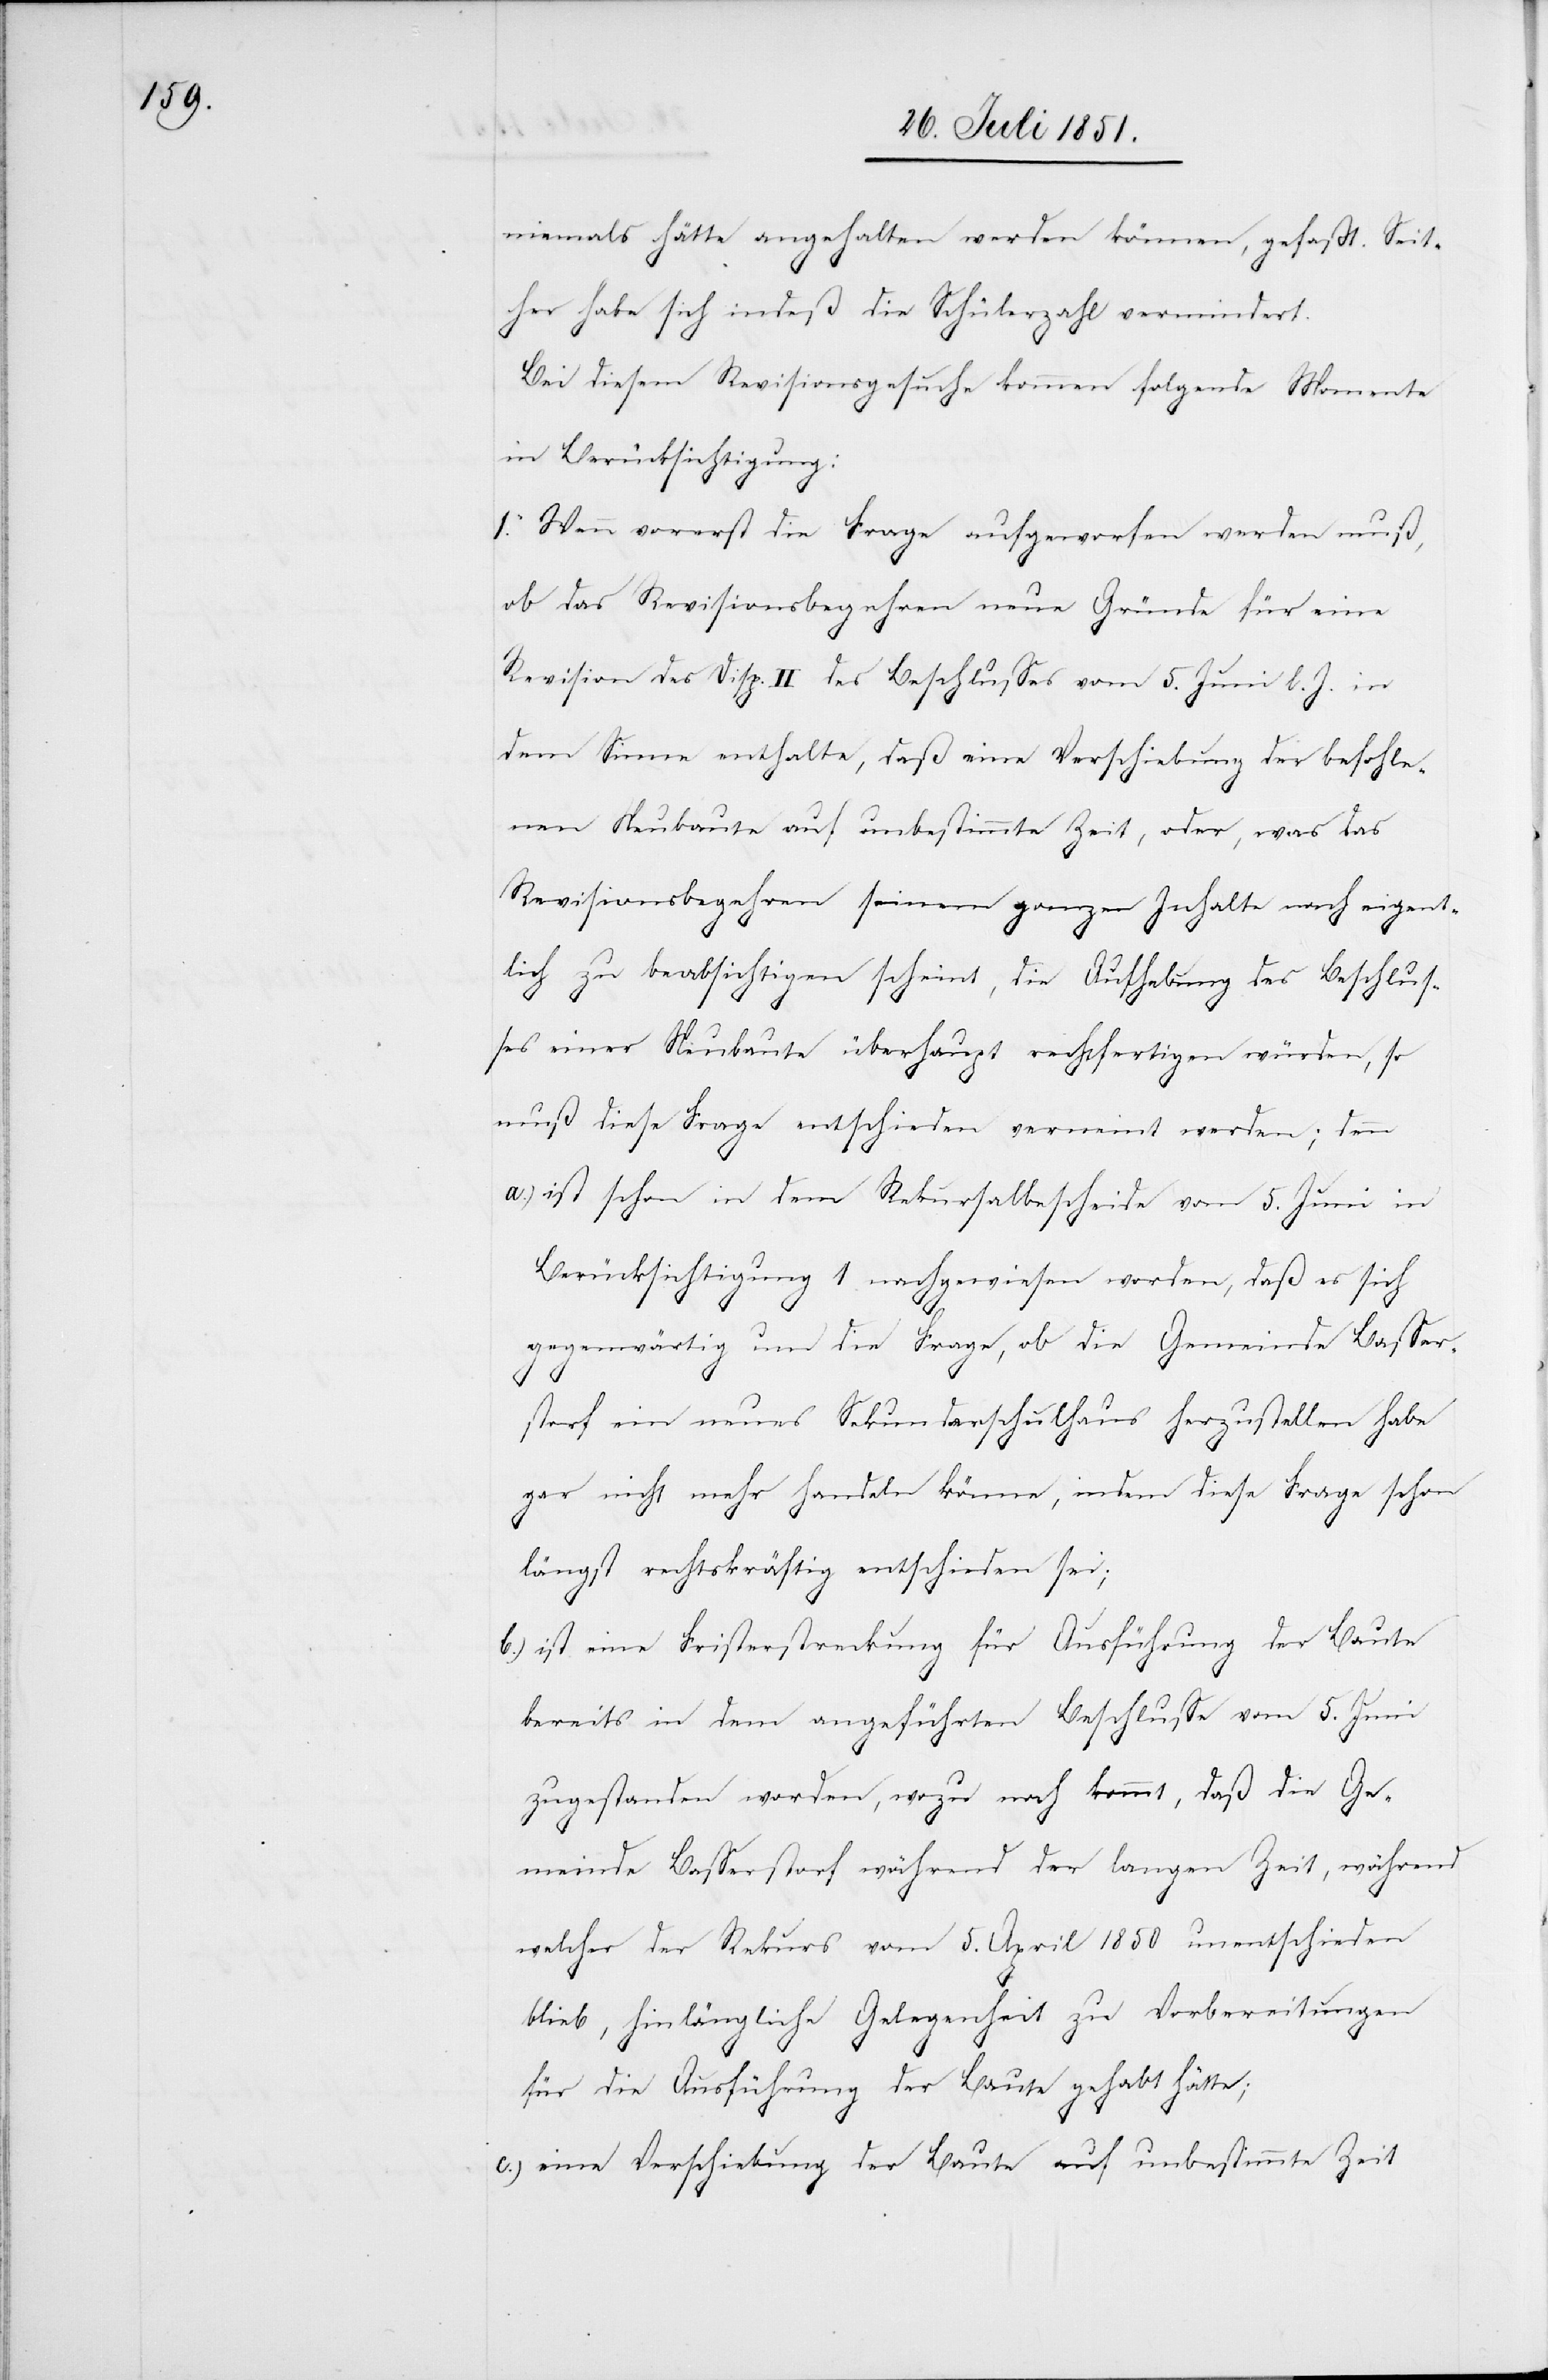
niemals hätte angehalten werden können, gefaßt. Seit¬
her habe sich indeß die Schülerzahl vermindert.
Bei diesem Revisionsgesuche kommen folgende Momente
in Berücksichtigung:
1. Wenn vorerst die Frage aufgeworfen werden muß,
ob das Revisionsbegehren neue Gründe für eine
Revision des Disp. II des Beschlusses vom 5. Juni l. J. in
dem Sinne enthalte, daß eine Verschiebung der befohle¬
nen Neubaute auf unbestimmte Zeit, oder, was das
Revisionsbegehren seinem ganzen Inhalte nach eigent¬
lich zu beabsichtigen scheint, die Aufhebung des Beschlus¬
ses einer Neubaute überhaupt rechtfertigen würden, so
muß diese Frage entschieden verneint werden; denn
ist schon in dem Rekursalbescheide vom 5. Juni in
Berücksichtigung 1 nachgewiesen worden, daß es sich
gegenwärtig um die Frage, ob die Gemeinde Basser¬
storf ein neues Sekundarschulhaus herzustellen habe
gar nicht mehr handeln könne, indem diese Frage schon
längst rechtskräftig entschieden sei;
ist eine Fristerstreckung für Ausführung der Baute
bereits in dem angeführten Beschlusse vom 5. Juni
zugestanden worden, wozu noch kommt, daß die Ge¬
meinde Basserstorf während der langen Zeit, während
welcher der Rekurs vom 5. April 1850 unentschieden
blieb, hinlängliche Gelegenheit zu Vorbereitungen
für die Ausführung der Baute gehabt hätte;
eine Verschiebung der Baute auf unbestimmte Zeit